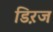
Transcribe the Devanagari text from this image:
डिऱज